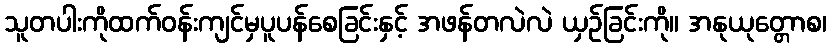
သူတပါးကိုထက်ဝန်းကျင်မှပူပန်စေခြင်းနှင့် အဖန်တလဲလဲ ယှဉ်ခြင်းကို။ အနုယုတ္တောစ၊